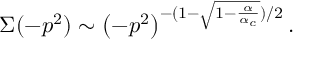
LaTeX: \Sigma { ( - p ^ { 2 } ) } \sim \left( - p ^ { 2 } \right) ^ { - ( 1 - \sqrt { 1 - \frac { \alpha } { \alpha _ { c } } } ) / 2 } .